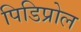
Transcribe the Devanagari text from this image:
पिडिप्रोल